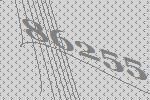
86255